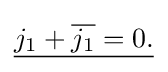
{\underline {j_{1}+{\overline {j_{1}}}=0.}}